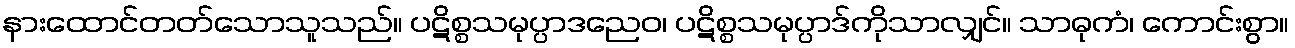
နားထောင်တတ်သောသူသည်။ ပဋိစ္စသမုပ္ပာဒညေဝ၊ ပဋိစ္စသမုပ္ပာဒ်ကိုသာလျှင်။ သာဓုကံ၊ ကောင်းစွာ။